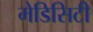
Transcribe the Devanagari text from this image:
मेडिसिटी